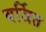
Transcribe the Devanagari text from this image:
वर्जित